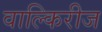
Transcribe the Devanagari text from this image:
वाल्किरीज